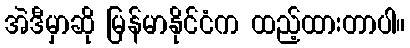
အဲဒီမှာဆို မြန်မာနိုင်ငံက ထည့်ထားတာပါ။